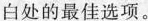
白处的最佳选项.